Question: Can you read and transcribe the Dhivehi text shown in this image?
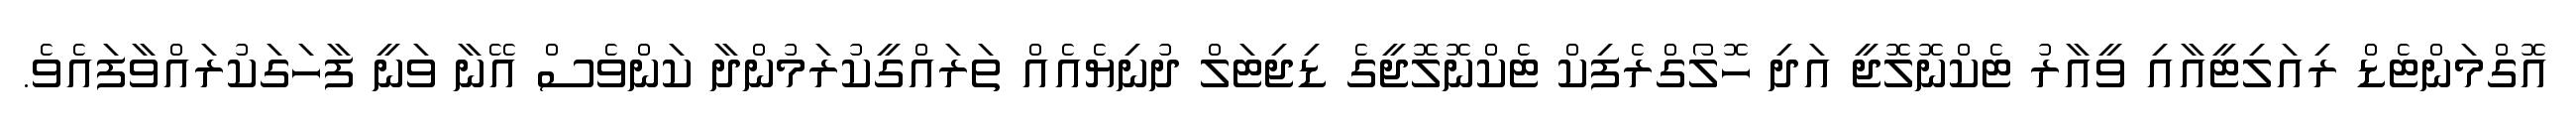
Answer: އޮގްމަންޓެޑް ރިއަލިޓީއާއި ވީއާރު ޓެކްނޮލޮޖީ އަދި ހޮލޯގްރެފިކް ޓެކްނޮލޮޖީގެ ޑިޖިޓަލް ދުނިޔެއެއް ތަރައްގީކުރަމުންދާ ކަންވެސް އޭނާ ވަނީ ފާހަގަކުރައްވާފައެވެ.